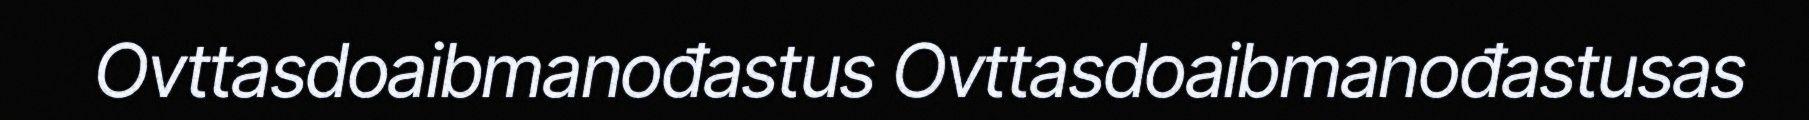
Ovttasdoaibmanođastus Ovttasdoaibmanođastusas